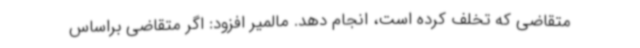
متقاضی که تخلف کرده است، انجام دهد. مالمیر افزود: اگر متقاضی براساس